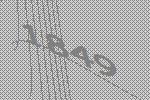
1849